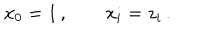
x _ { 0 } = 1 \, , \qquad x _ { i } = z _ { i } \, .